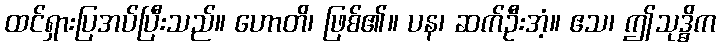
ထင်ရှားပြအပ်ပြီးသည်။ ဟောတိ၊ ဖြစ်၏။ ပန၊ ဆက်ဦးအံ့။ ဧသ၊ ဤသုဒ္ဓိက